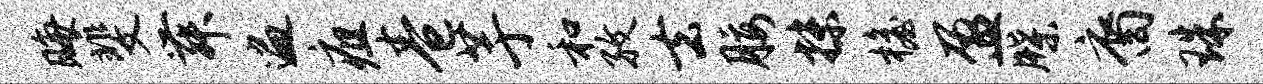
晦斐舞遍疽卷芋和孜去腰抹檐盈牒裔珠